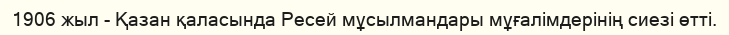
1906 жыл - Қазан қаласында Ресей мұсылмандары мұғалімдерінің сиезі өтті.